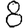
Digit: 8